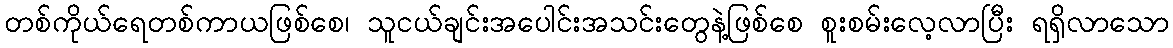
တစ်ကိုယ်ရေတစ်ကာယဖြစ်စေ၊ သူငယ်ချင်းအပေါင်းအသင်းတွေနဲ့ဖြစ်စေ စူးစမ်းလေ့လာပြီး ရရှိလာသော